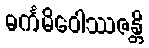
ဓင်္ကမိဝေါဿဇန္တိ